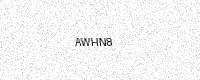
Text: AWHN8